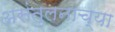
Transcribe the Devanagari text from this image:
असंतुलनाच्या